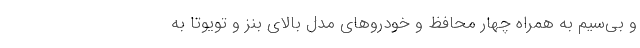
و بی‌سیم به همراه چهار محافظ و خودروهای مدل بالای بنز و تویوتا به